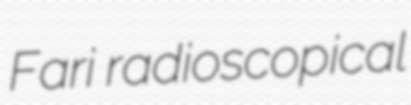
Fari radioscopical